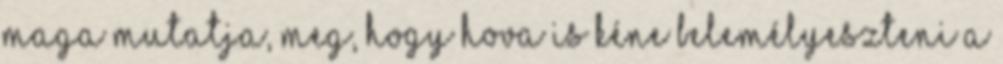
maga mutatja, meg, hogy hova is kéne belemélyeszteni a